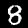
Digit: 8